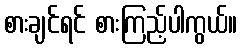
စားချင်ရင် စားကြည့်ပါကွယ်။